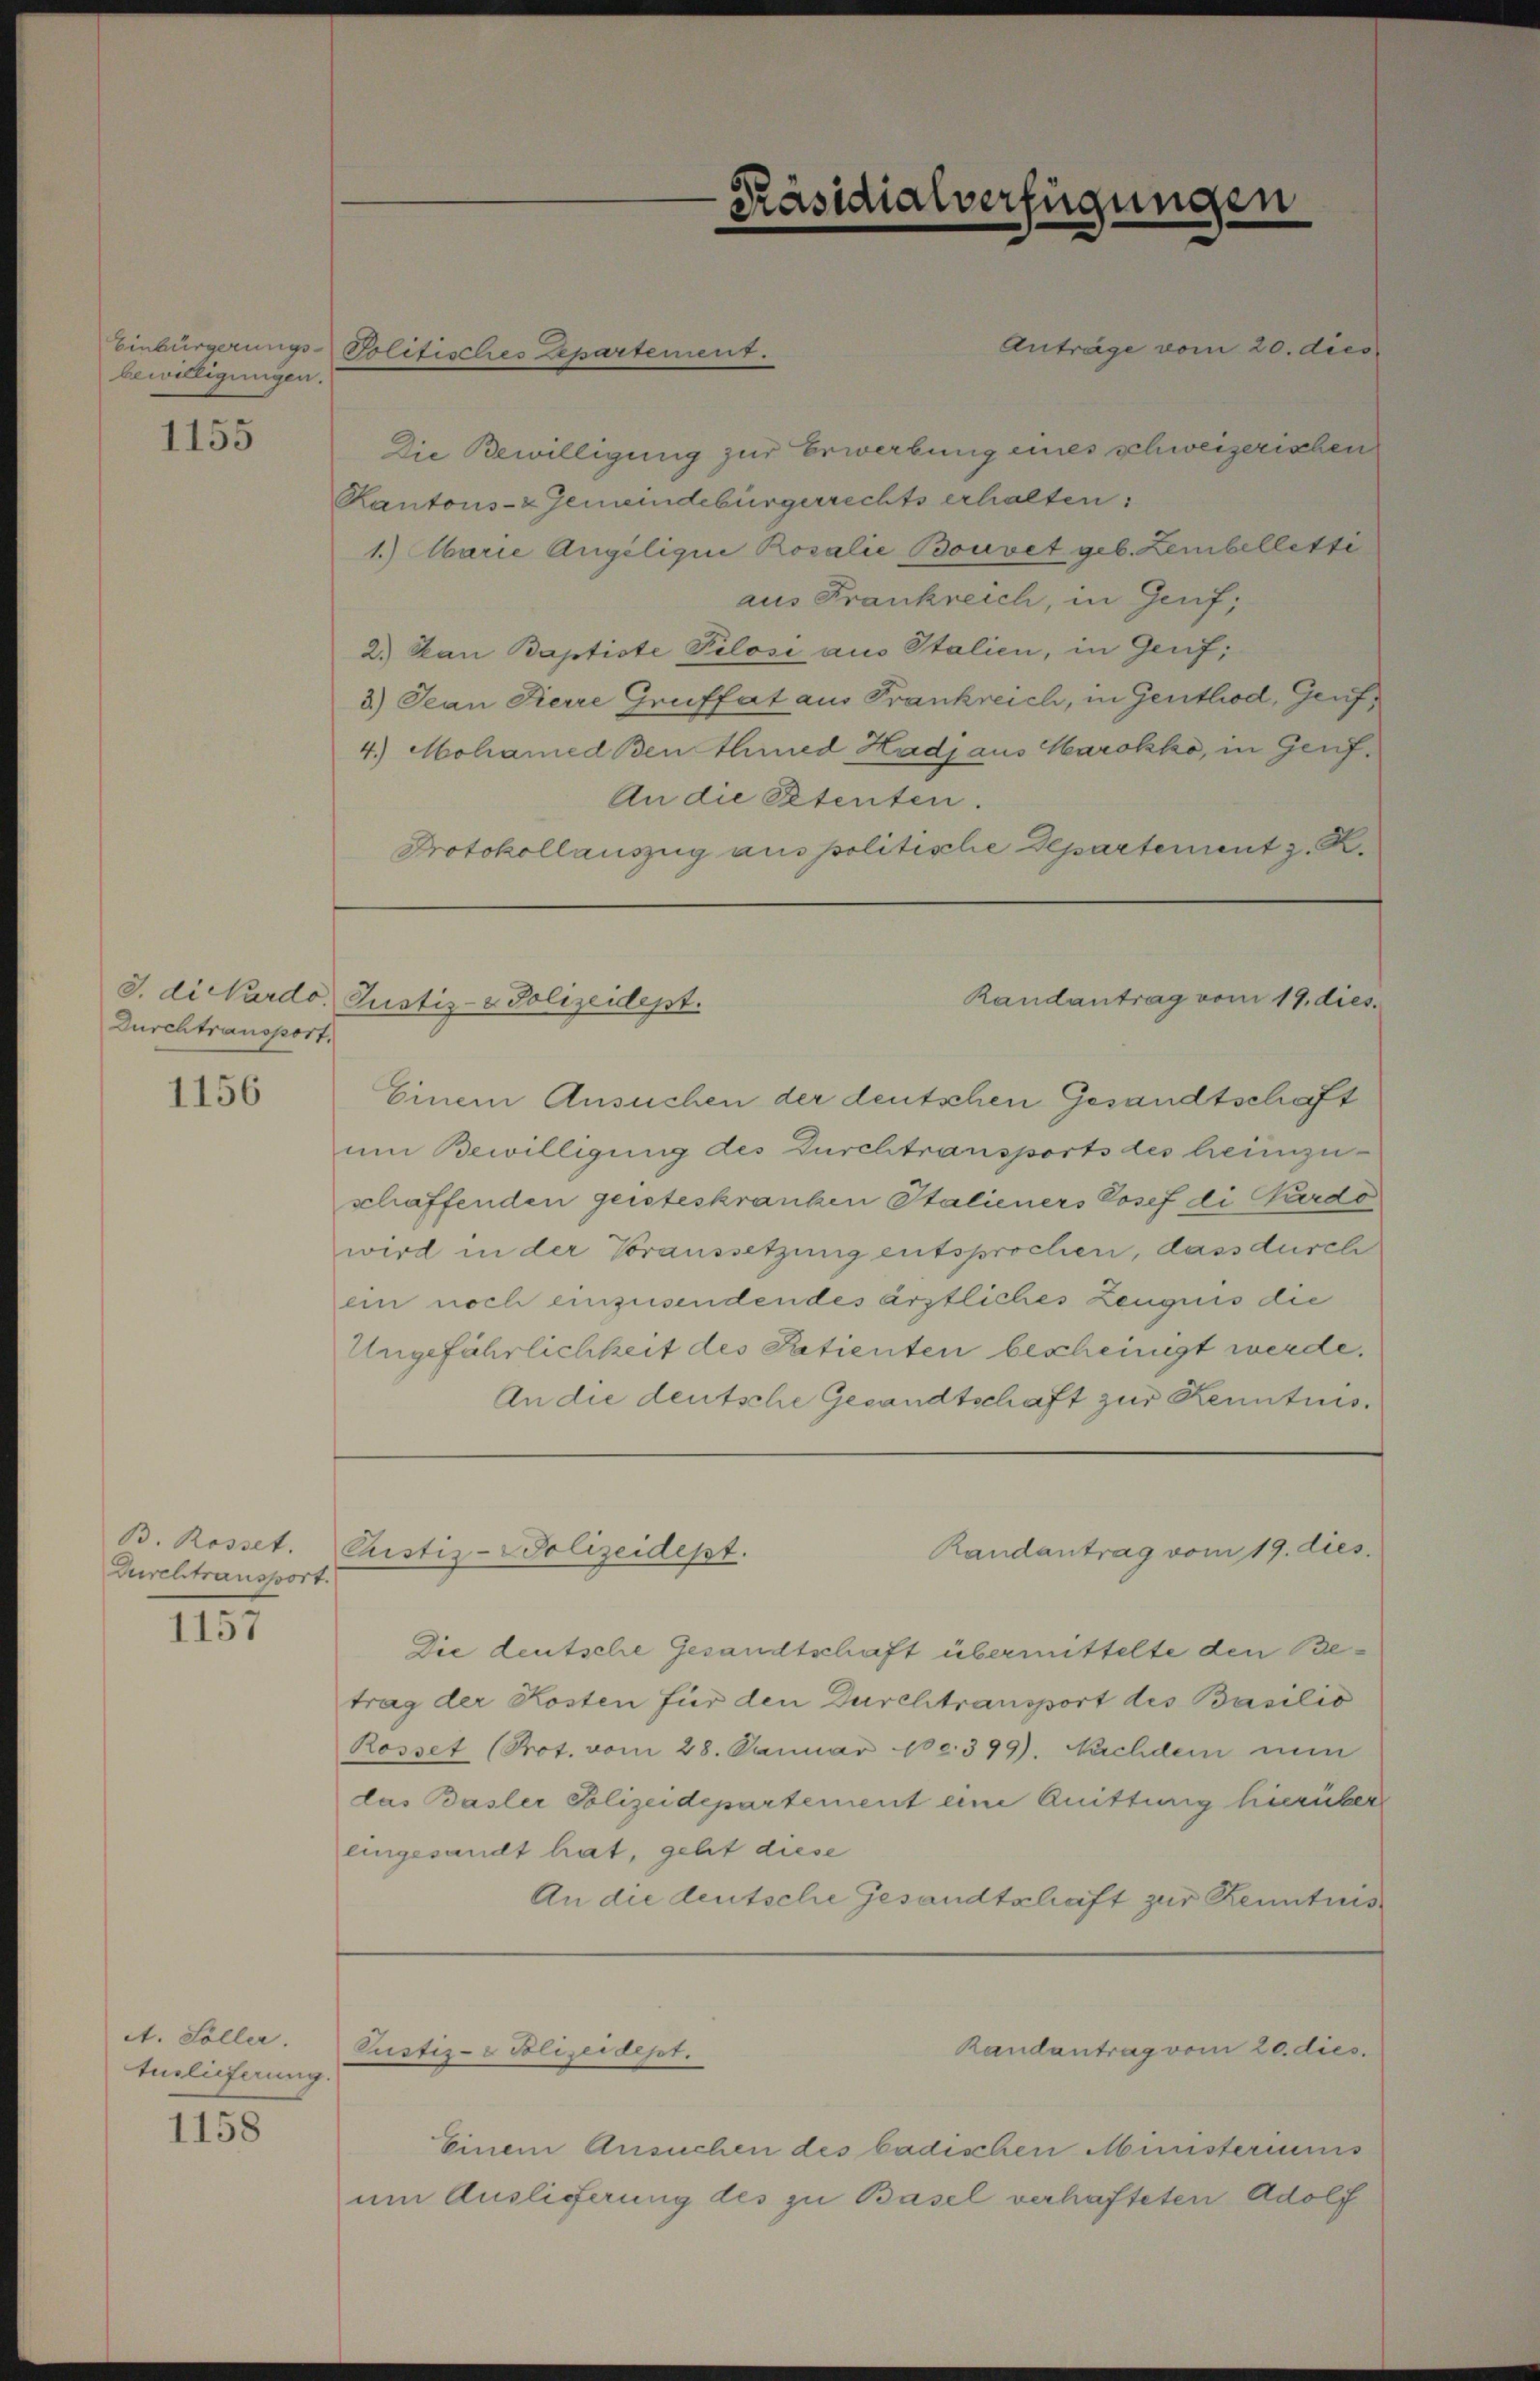
bewilligungen.

1155

Durchtransport,

1156

B. Rosset.
Dureltransport.

1157

A. Soller.
Euslieferung.

1158

Einbürgerungs-Politisches Departement.

Präsidialverfügungen

Anträge vom 20. dies
Die Bewilligung zur Erwerbung eines schweizerischen
Kantons- & Gemeindebürgerrechts erhalten.
1.) Obarie Angelique Rosalie Bouvet geb. Lembelletti
aus Frankreich, in Genf,
2.) Dan Baptiste Pilosi aus Italien, in Genf;
3.) Jean Kerre Grüffat am Frankreich, in Genthod, Genf,
4.) Mohamed Benthied Hadj aus Marokko, in Genf¬
An die Petenten.
Protokollauszug aus politische Departement z. R.

J. di Pardo, Justiz- & Polizeidept.
Randantrag vom 19. dies

Einem Ansuchen der deutschen Gesandtschaft
um Bewilligung des Durchtransports des heimzuschaffenden geisteskranken Italieners Josef di Pardo
wird in der Voraussetzung entsprochen, dass durch
ein noch einzusendendes ärztliches Zeugnis die
Ungefährlichkeit des Patienten bescheinigt werde.
An die deutsche Gesandtschaft zur Kenntnis¬
Randantrag vom 19. dies
Die deutsche Gesandtschaft übermittelte den Betrag der Kosten für den Durchtransport des Basilio
Rosset (Prot. vom 28. Januar pc. 399). Nachdem nun
das Basler Polizeidepartement eine Quitturig hierüber
eingesandt hat, geht diese
An die deutsche Gesandtschaft zur Kenntnis
Randantrag vom 20. dies.
Pustiz- & Polizeidept.
Einem Ansuchen des badischen Ministeriums
um Auslieferung des zu Basel verhafteten Adolf

Pustiz-Polizeidept.